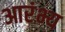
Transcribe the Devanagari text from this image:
आरंभ्य